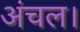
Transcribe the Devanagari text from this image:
अंचल।